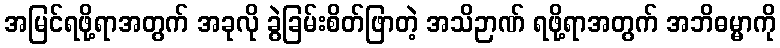
အမြင်ရဖို့ရာအတွက် အခုလို ခွဲခြမ်းစိတ်ဖြာတဲ့ အသိဉာဏ် ရဖို့ရာအတွက် အဘိဓမ္မာကို